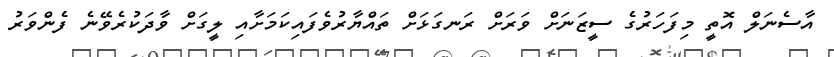
އާސެނަލް އޮތީ މިފަހަރުގެ ސީޒަނަށް ވަރަށް ރަނގަޅަށް ތައްޔާރުވެފައިކަމަށާއި ލީގަށް ވާދަކުރެވޭނެ ފެންވަރު